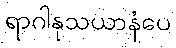
ရာဂါနုသယာနံပေ